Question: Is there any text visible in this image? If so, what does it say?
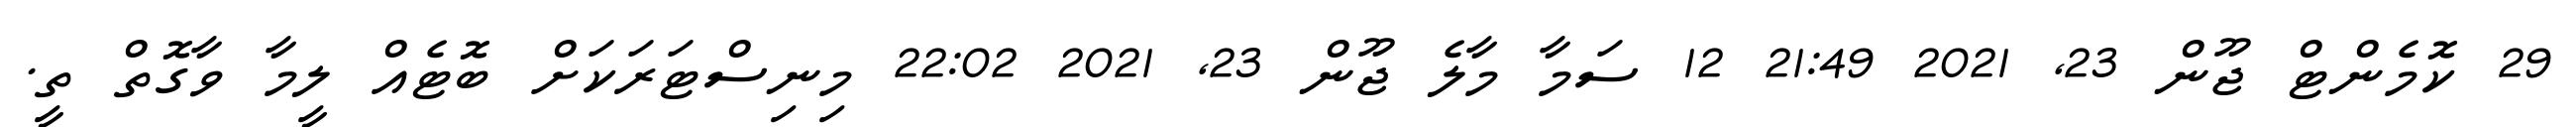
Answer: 29 ކޮމެންޓް ޖޫން 23, 2021 21:49 12 ސަމާ މާލެ ޖޫން 23, 2021 22:02 މިނިސްޓަރަކަށް ބޮޓެއް ލީމާ ވާގޮތް ތީ.